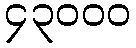
၄၃၀၀၀